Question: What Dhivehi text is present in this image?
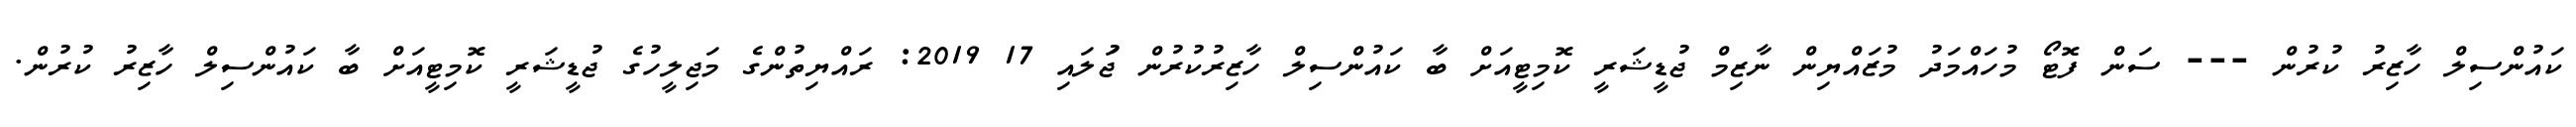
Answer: ކައުންސިލް ހާޒިރު ކުރުން --- ސަން ފޮޓޯ މުހައްމަދު މުޒައްޔިން ނާޒިމް ޖުޑީޝަރީ ކޮމިޓީއަށް ބާ ކައުންސިލް ހާޒިރުކުރުން ޖުަލައި 17 2019: ރައްޔިތުންގެ މަޖިލީހުގެ ޖުޑީޝަރީ ކޮމިޓީއަށް ބާ ކައުންސިލް ހާޒިރު ކުރުން.